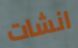
انشات